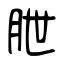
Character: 朑